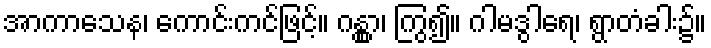
အာကာသေန၊ ကောင်းကင်ဖြင့်။ ဂန္တွာ၊ ကြွ၍။ ဂါမဒွါရေ၊ ရွာတံခါး၌။